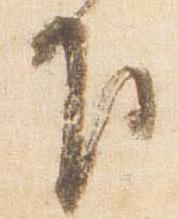
下